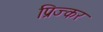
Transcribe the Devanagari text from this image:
प्रिज्कर